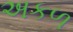
અકળ